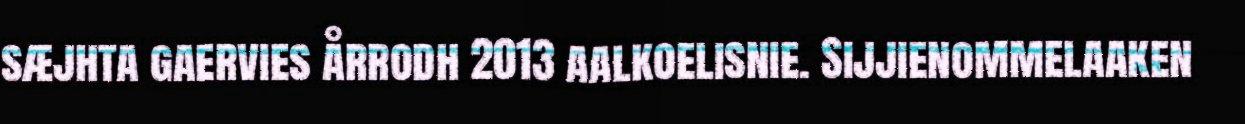
sæjhta gaervies årrodh 2013 aalkoelisnie. Sijjienommelaaken